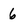
Character: 6